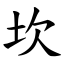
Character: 坎